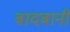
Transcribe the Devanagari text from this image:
बादबानी